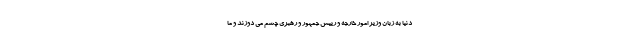
دنیا به زبان وزیر امور خارجه و رییس جمهور و رهبری چشم می دوزند و ما